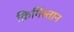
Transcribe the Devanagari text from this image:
क़िर्गिस्तान